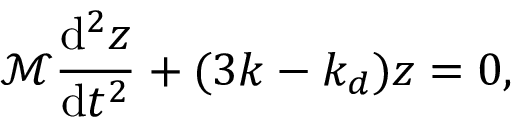
\mathcal { M } \frac { \mathrm { d } ^ { 2 } z } { \mathrm { d } t ^ { 2 } } + ( 3 k - k _ { d } ) z = 0 ,